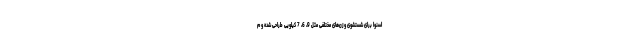
اسنوا برای شستشوی وزن‌های مختلفی مثل 9، 6، 7 کیلویی طراحی شده و م